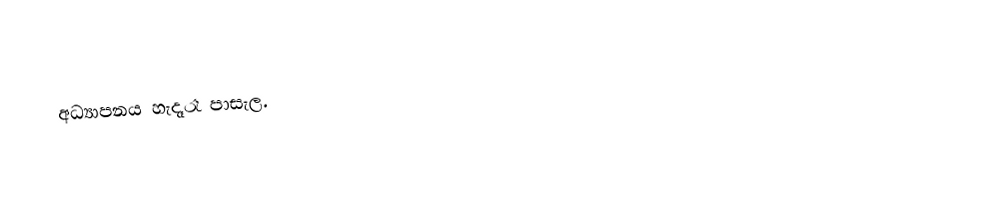
අධ්‍යාපනය හැදෑරෑ පාසැල.